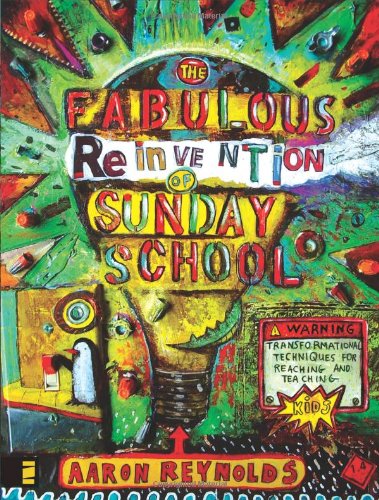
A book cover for The Fabulous Reinvention of Sunday School: Transformational Techniques for Reaching and Teaching Kids; Aaron Reynolds; Christian Books & Bibles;